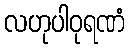
လဟုပါဝုရဏံ